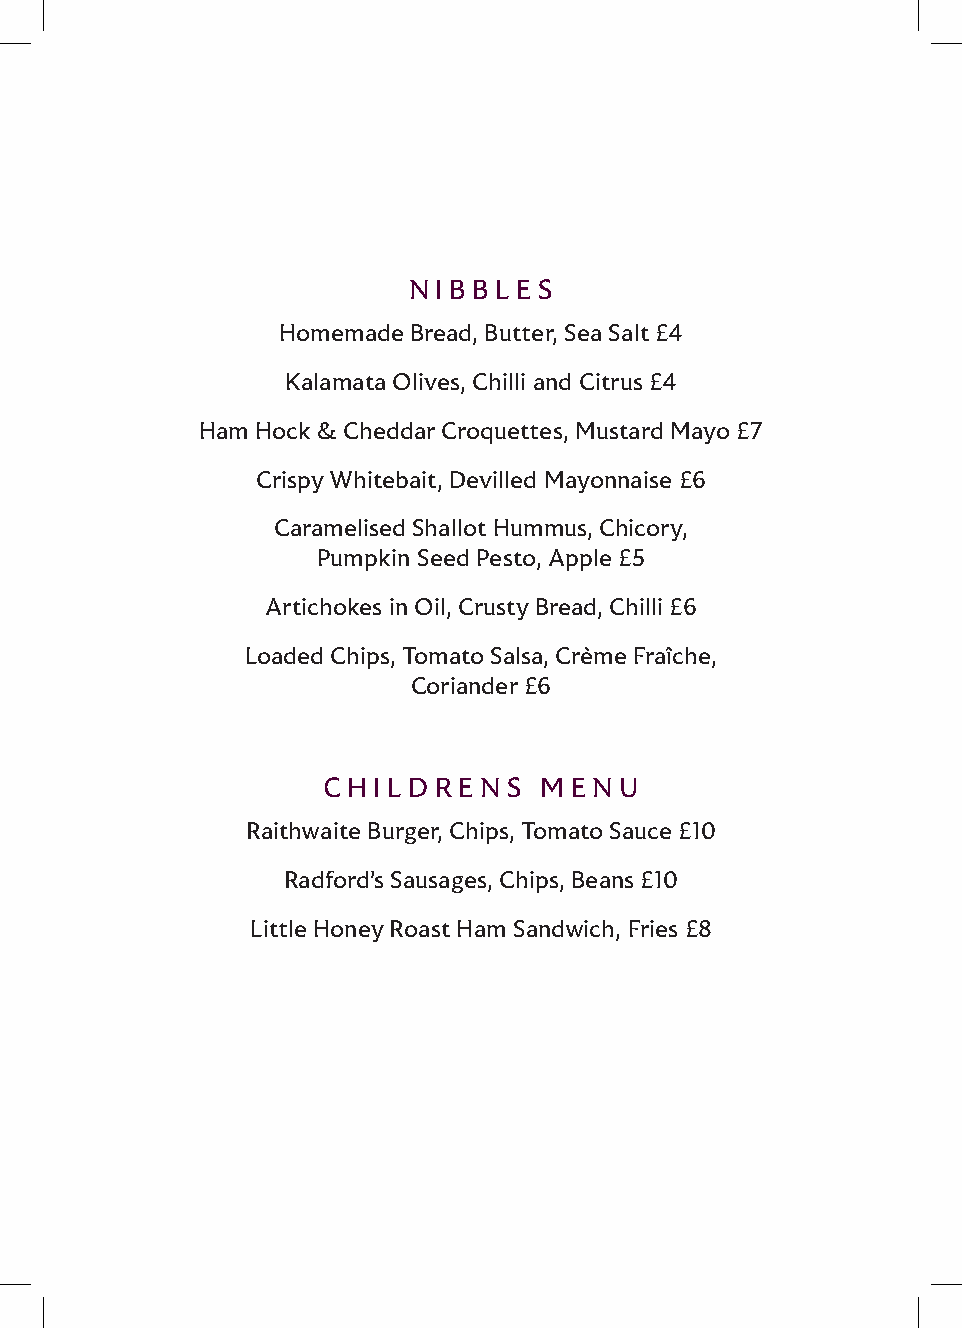
NIBBLE   S
 Homemade Bread, Butter, Sea Salt £4
 Kalamata Olives, Chilli and Citrus £4
 Ham Hock & Cheddar Croquettes, Mustard Mayo £7
 Crispy Whitebait, Devilled Mayonnaise £6
 Caramelised Shallot Hummus, Chicory,
 Pumpkin Seed Pesto, Apple £5
 Artichokes in Oil, Crusty Bread, Chilli £6
 Loaded Chips, Tomato Salsa, Crème Fraîche,
 Coriander £6
 CHILDRE    NS  ME NU
 Raithwaite Burger, Chips, Tomato Sauce £10
 Radford’s Sausages, Chips, Beans £10
 Little Honey Roast Ham Sandwich, Fries £8